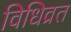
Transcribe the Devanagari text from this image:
विधिव्रत